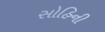
સોહિની